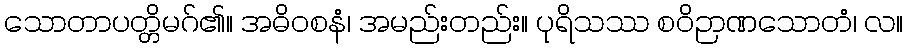
သောတာပတ္တိမဂ်၏။ အဓိဝစနံ၊ အမည်းတည်း။ ပုရိသဿ စဝိဉာဏသောတံ၊ လ။